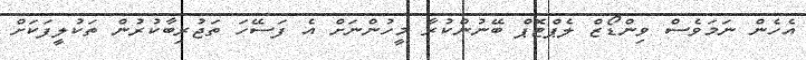
އެހެން ނަމަވެސް ވިންޑޯޒް ލެޕްޓޮޕް ބޭނުންކުރާ މީހުންނަށް އެ ފަސޭހަ ތަޖުރިބާކުރުން ތަކުލީފަކަށް